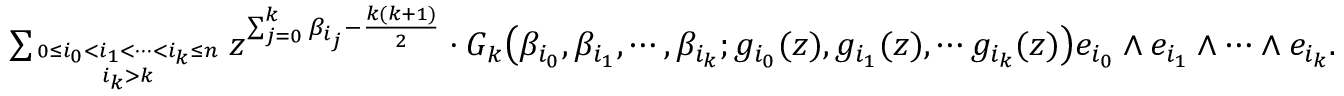
\begin{array} { r } { \sum _ { 0 \le i _ { 0 } < i _ { 1 } < \cdots < i _ { k } \le n \atop i _ { k } > k } z ^ { \sum _ { j = 0 } ^ { k } \beta _ { i _ { j } } - \frac { k ( k + 1 ) } { 2 } } \cdot G _ { k } \big ( \beta _ { i _ { 0 } } , \beta _ { i _ { 1 } } , \cdots , \beta _ { i _ { k } } ; g _ { i _ { 0 } } ( z ) , g _ { i _ { 1 } } ( z ) , \cdots g _ { i _ { k } } ( z ) \big ) e _ { i _ { 0 } } \wedge e _ { i _ { 1 } } \wedge \cdots \wedge e _ { i _ { k } } . } \end{array}